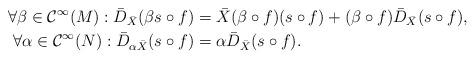
LaTeX: \begin{align*}\forall \beta \in \mathcal{C}^{\infty}(M): \bar D_{\bar X}( \beta s \circ f) &= \bar X(\beta \circ f) (s \circ f) + (\beta \circ f) \bar D_{\bar X}(s \circ f), \\\forall \alpha \in \mathcal{C}^{\infty}(N): \bar D_{\alpha \bar X}(s \circ f) &= \alpha \bar D_{\bar X}(s \circ f).\end{align*}